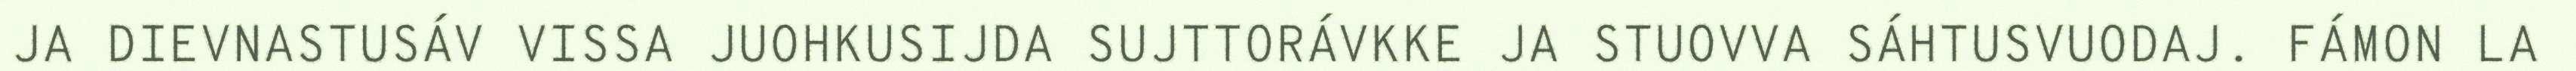
JA DIEVNASTUSÁV VISSA JUOHKUSIJDA SUJTTORÁVKKE JA STUOVVA SÁHTUSVUODAJ. FÁMON LA